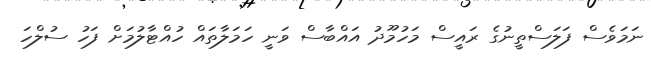
ނަމަވެސް ފަލަސްތީނުގެ ރައީސް މަހުމޫދު އައްބާސް ވަނީ ހަމަލާތައް ހުއްޓާލުމަށް ފަހު ސުލްހަ